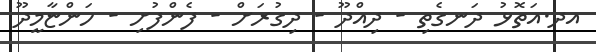
އދ.އަތޮޅު ދަނގެތި - ދިއްދޫ - ދިގުރަށް - ފެންފުށި - ހަންޏާމީދޫ